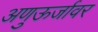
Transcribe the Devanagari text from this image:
अणुऊर्जावर